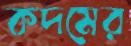
কদমের